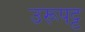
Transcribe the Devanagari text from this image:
उरूपट्ट